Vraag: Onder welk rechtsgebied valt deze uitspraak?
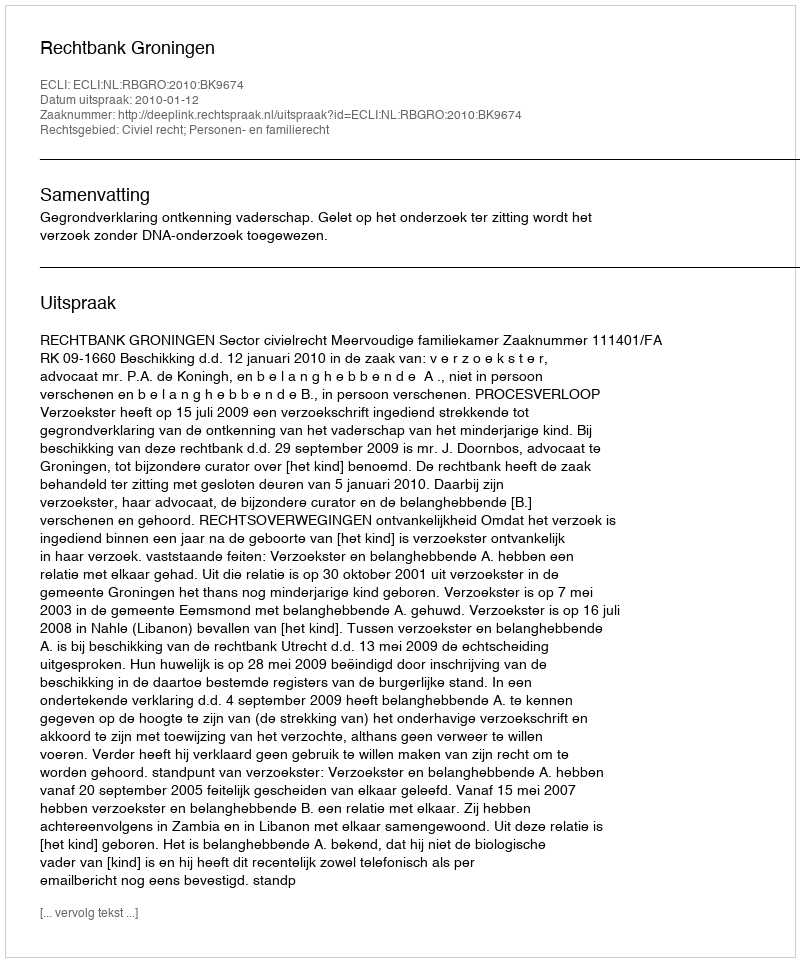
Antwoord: Civiel recht; Personen- en familierecht